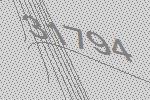
31794